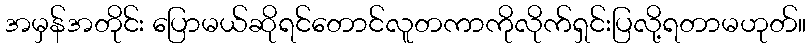
အမှန်အတိုင်း ပြောမယ်ဆိုရင်တောင်လူတကာကိုလိုက်ရှင်းပြလို့ရတာမဟုတ်။